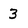
Character: 3